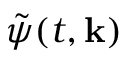
\tilde { \psi } ( t , { \bf k } )